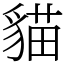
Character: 貓